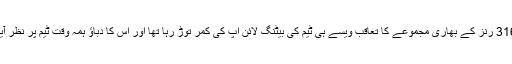
316 رنز کے بھاری مجموعے کا تعاقب ویسے ہی ٹیم کی بیٹنگ لائن اپ کی کمر توڑ رہا تھا اور اس کا دباؤ ہمہ وقت ٹیم پر نظر آیا۔